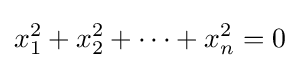
x_{1}^{2}+x_{2}^{2}+\dots +x_{n}^{2}=0